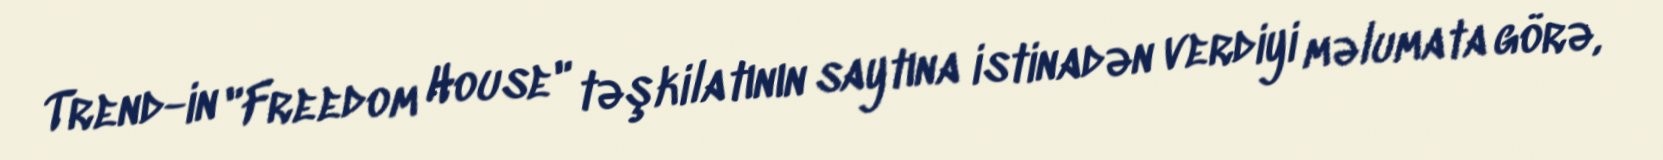
Trend-in "Freedom House" təşkilatının saytına istinadən verdiyi məlumata görə,